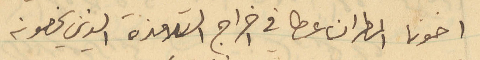
اخونا المطران عطا في اخراج التلامذة الذي يخصونه